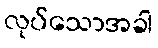
လုပ်သောအခါ